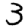
Digit: 3